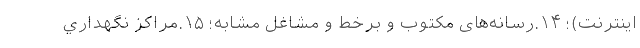
اینترنت)؛ ۱۴.رسانه‌های مکتوب و برخط و مشاغل مشابه؛ ۱۵.مراکز نگهداري